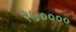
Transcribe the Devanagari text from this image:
२७००००